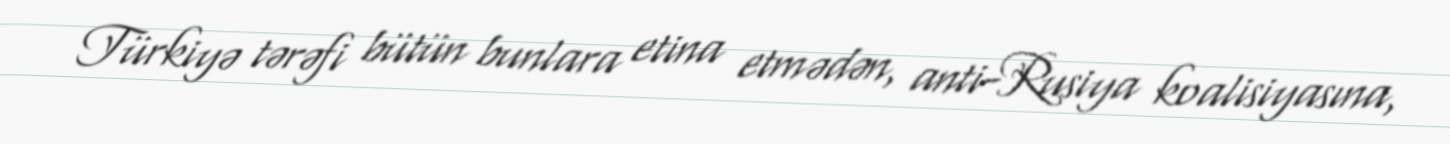
Türkiyə tərəfi bütün bunlara etina etmədən, anti-Rusiya koalisiyasına,